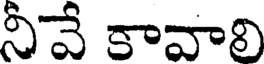
నీవే కావాలి